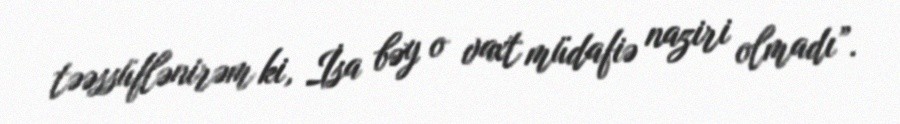
təəssüflənirəm ki, İsa bəy o vaxt müdafiə naziri olmadı”.